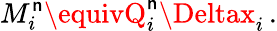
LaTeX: M_{i}^{\mathsf{n}}\equivQ_{i}^{\mathsf{n}}\Deltax_{i}\, .